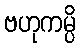
ဗဟုကမ္ပိ